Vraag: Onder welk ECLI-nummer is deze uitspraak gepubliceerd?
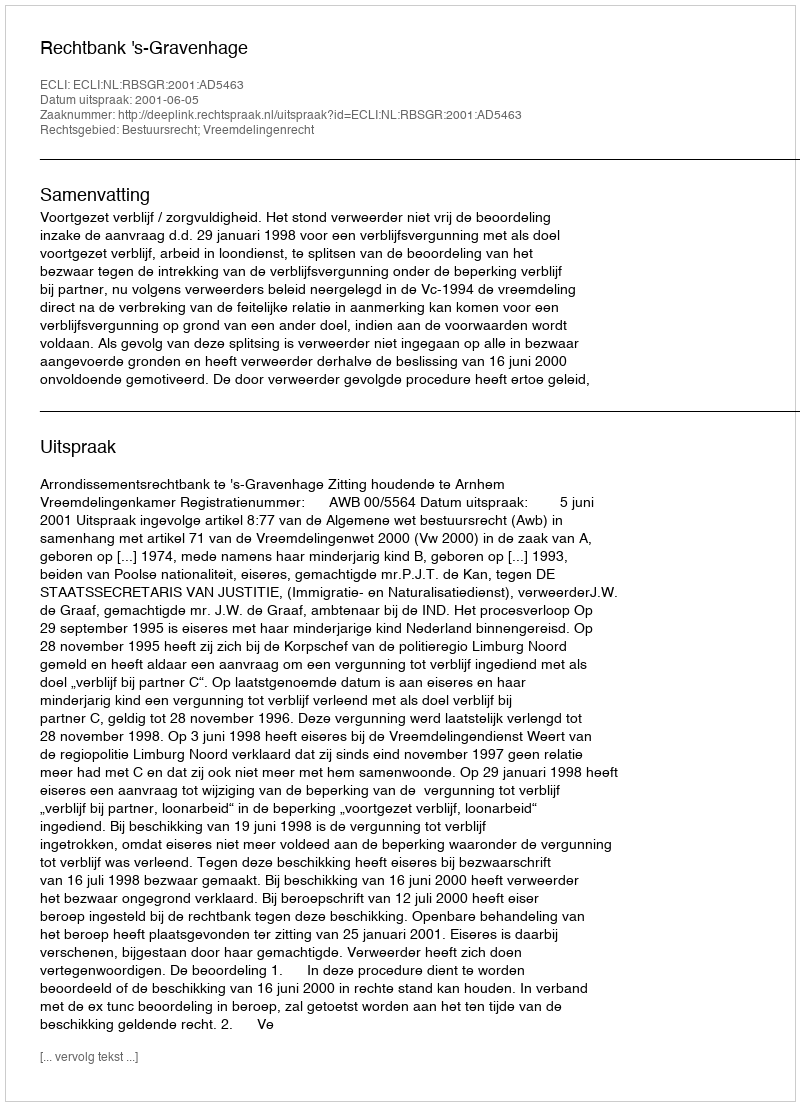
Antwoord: ECLI:NL:RBSGR:2001:AD5463